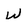
Character: w